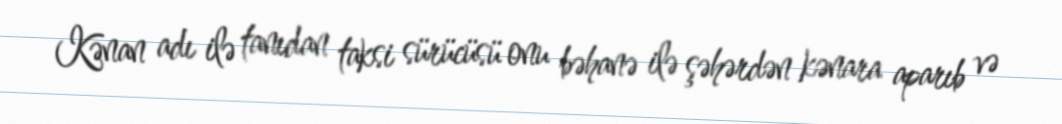
Kənan adı ilə tanıdan taksi sürücüsü onu bəhanə ilə şəhərdən kənara aparıb və